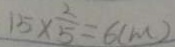
1 5 \times \frac { 2 } { 5 } = 6 ( m )